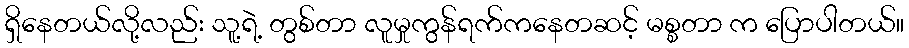
ရှိနေတယ်လို့လည်း သူ့ရဲ့ တွစ်တာ လူမှုကွန်ရက်ကနေတဆင့် မစ္စတာ က ပြောပါတယ်။